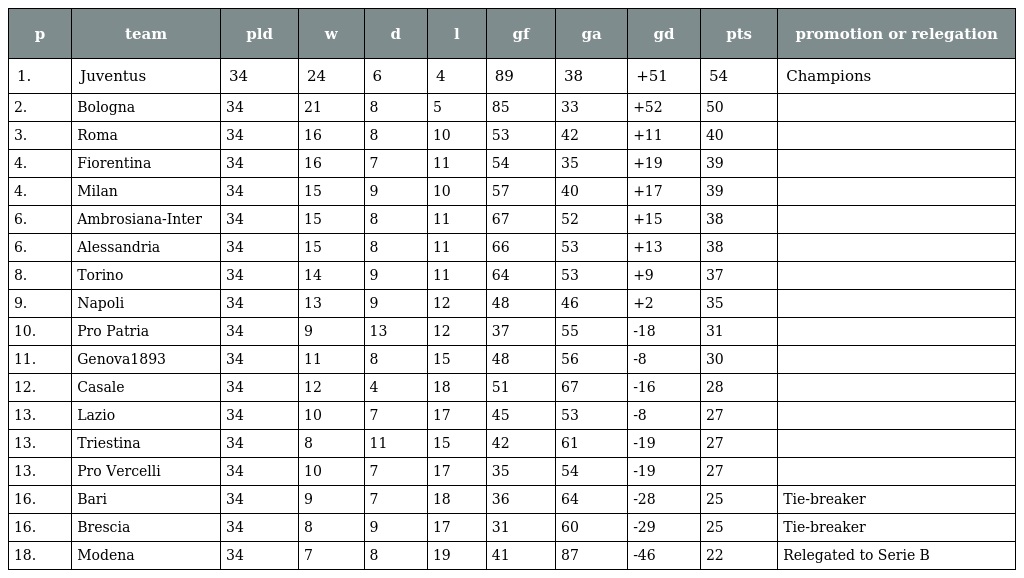
| p | team | pld | w | d | l | gf | ga | gd | pts | promotion or relegation |
 | --- | --- | --- | --- | --- | --- | --- | --- | --- | --- | --- |
 | 1. | Juventus | 34 | 24 | 6 | 4 | 89 | 38 | +51 | 54 | Champions |
 | 2. | Bologna | 34 | 21 | 8 | 5 | 85 | 33 | +52 | 50 |  |
 | 3. | Roma | 34 | 16 | 8 | 10 | 53 | 42 | +11 | 40 |  |
 | 4. | Fiorentina | 34 | 16 | 7 | 11 | 54 | 35 | +19 | 39 |  |
 | 4. | Milan | 34 | 15 | 9 | 10 | 57 | 40 | +17 | 39 |  |
 | 6. | Ambrosiana-Inter | 34 | 15 | 8 | 11 | 67 | 52 | +15 | 38 |  |
 | 6. | Alessandria | 34 | 15 | 8 | 11 | 66 | 53 | +13 | 38 |  |
 | 8. | Torino | 34 | 14 | 9 | 11 | 64 | 53 | +9 | 37 |  |
 | 9. | Napoli | 34 | 13 | 9 | 12 | 48 | 46 | +2 | 35 |  |
 | 10. | Pro Patria | 34 | 9 | 13 | 12 | 37 | 55 | -18 | 31 |  |
 | 11. | Genova1893 | 34 | 11 | 8 | 15 | 48 | 56 | -8 | 30 |  |
 | 12. | Casale | 34 | 12 | 4 | 18 | 51 | 67 | -16 | 28 |  |
 | 13. | Lazio | 34 | 10 | 7 | 17 | 45 | 53 | -8 | 27 |  |
 | 13. | Triestina | 34 | 8 | 11 | 15 | 42 | 61 | -19 | 27 |  |
 | 13. | Pro Vercelli | 34 | 10 | 7 | 17 | 35 | 54 | -19 | 27 |  |
 | 16. | Bari | 34 | 9 | 7 | 18 | 36 | 64 | -28 | 25 | Tie-breaker |
 | 16. | Brescia | 34 | 8 | 9 | 17 | 31 | 60 | -29 | 25 | Tie-breaker |
 | 18. | Modena | 34 | 7 | 8 | 19 | 41 | 87 | -46 | 22 | Relegated to Serie B |